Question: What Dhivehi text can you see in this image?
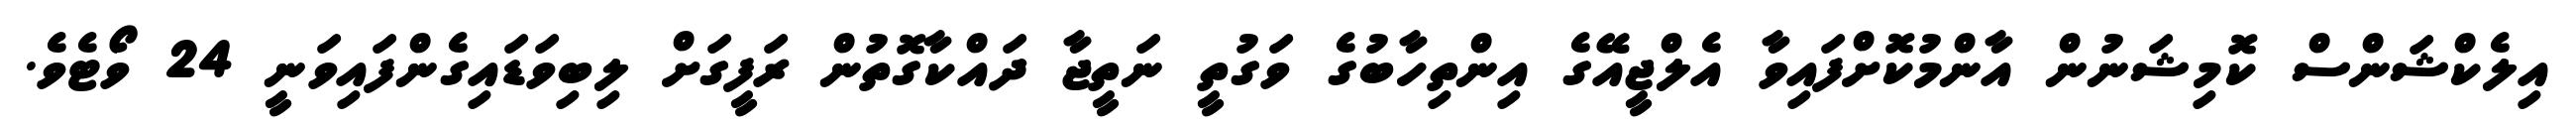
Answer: އިލެކްޝަންސް ކޮމިޝަނުން އާންމުކޮށްފައިވާ އެލްޖީއޭގެ އިންތިހާބުގެ ވަގުތީ ނަތީޖާ ދައްކާގޮތުން ރަފީގަށް ލިބިވަޑައިގެންފައިވަނީ 24 ވޯޓެވެ.